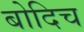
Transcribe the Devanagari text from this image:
बोदिच